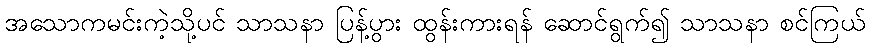
အသောကမင်းကဲ့သို့ပင် သာသနာ ပြန့်ပွား ထွန်းကားရန် ဆောင်ရွက်၍ သာသနာ စင်ကြယ်